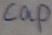
Text: cap